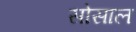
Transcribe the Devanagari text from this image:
सोसाल